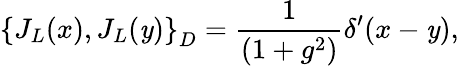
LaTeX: \left\{ J_{L}(x),J_{L}(\mathit{y})\right\} _{D}=\frac{{1}}{{(1+g^{2})}}\delta^{\prime}(x-\mathit{y}),